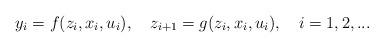
LaTeX: \begin{align*}y_i=f(z_i,x_i,u_i),~~~z_{i+1}=g(z_i,x_i,u_i),~~~i=1,2,...\end{align*}